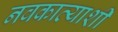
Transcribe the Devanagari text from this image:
नवकाव्याशी